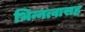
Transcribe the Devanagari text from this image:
भिन्नत्वासह